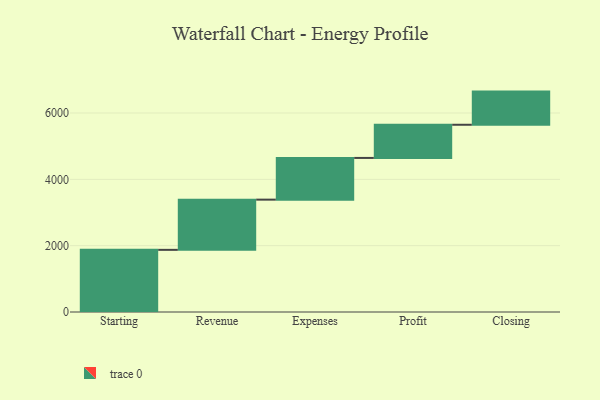
{"axis": {"x": "Step", "y": "Value"}, "legend": [""], "data": [{"x": "Starting", "y": 1874.0, "type": ""}, {"x": "Revenue", "y": 1514.0, "type": ""}, {"x": "Expenses", "y": 1258.0, "type": ""}, {"x": "Profit", "y": 1000, "type": ""}, {"x": "Closing", "y": 1000, "type": ""}]}